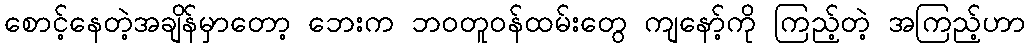
စောင့်နေတဲ့အချိန်မှာတော့ ဘေးက ဘဝတူဝန်ထမ်းတွေ ကျနော့်ကို ကြည့်တဲ့ အကြည့်ဟာ